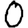
Digit: 0